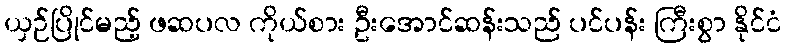
ယှဉ်ပြိုင်မည့် ဖဆပလ ကိုယ်စား ဦးအောင်ဆန်းသည် ပင်ပန်း ကြီးစွာ နိုင်ငံ